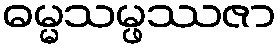
ဓမ္မသမ္ဖဿဇာ